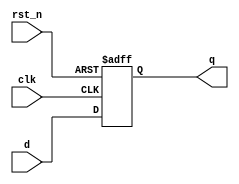
module synchronous_register (
    input wire clk,          // Clock signal
    input wire rst_n,       // Active low reset signal
    input wire [3:0] d,     // 4-bit data input
    output reg [3:0] q      // 4-bit data output (register output)
);

// Sequential logic block using non-blocking assignments
always @(posedge clk or negedge rst_n) begin
    if (!rst_n) begin
        q <= 4'b0000;       // Reset the register to 0 on active low reset
    end else begin
        q <= d;            // Capture the input data on the rising edge of the clock
    end
end

endmodule